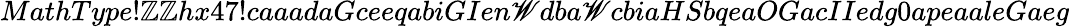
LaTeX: MathType!\mathbb{Z}\mathbb{Z}hx47!caaadaGceeqabiGIen\mathscr{W}dba\mathscr{W}cbiaHSbqeaOGacIIedg0apeaaleGaeg